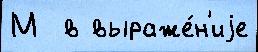
М  в выраже́н'иjе